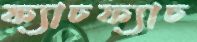
ফ্যাচফ্যাচ